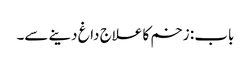
باب : زخم کا علاج داغ دینے سے۔